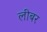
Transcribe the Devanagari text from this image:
लीबर